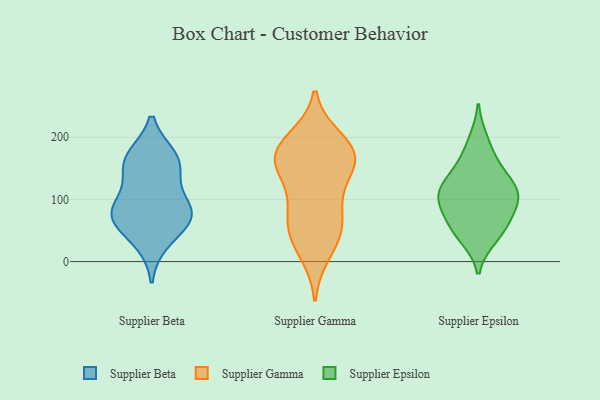
{"axis": {"x": "Temperature (°C)", "y": "Value"}, "legend": ["Supplier Beta", "Supplier Epsilon", "Supplier Gamma"], "data": [{"x": "", "y": 73, "type": "Supplier Beta"}, {"x": "", "y": 163, "type": "Supplier Beta"}, {"x": "", "y": 82, "type": "Supplier Beta"}, {"x": "", "y": 162, "type": "Supplier Beta"}, {"x": "", "y": 82, "type": "Supplier Beta"}, {"x": "", "y": 80, "type": "Supplier Beta"}, {"x": "", "y": 31, "type": "Supplier Beta"}, {"x": "", "y": 64, "type": "Supplier Beta"}, {"x": "", "y": 168, "type": "Supplier Beta"}, {"x": "", "y": 132, "type": "Supplier Beta"}, {"x": "", "y": 52, "type": "Supplier Gamma"}, {"x": "", "y": 195, "type": "Supplier Gamma"}, {"x": "", "y": 172, "type": "Supplier Gamma"}, {"x": "", "y": 167, "type": "Supplier Gamma"}, {"x": "", "y": 42, "type": "Supplier Gamma"}, {"x": "", "y": 61, "type": "Supplier Gamma"}, {"x": "", "y": 16, "type": "Supplier Gamma"}, {"x": "", "y": 156, "type": "Supplier Gamma"}, {"x": "", "y": 184, "type": "Supplier Gamma"}, {"x": "", "y": 110, "type": "Supplier Gamma"}, {"x": "", "y": 159, "type": "Supplier Gamma"}, {"x": "", "y": 86, "type": "Supplier Gamma"}, {"x": "", "y": 167, "type": "Supplier Gamma"}, {"x": "", "y": 97, "type": "Supplier Epsilon"}, {"x": "", "y": 137, "type": "Supplier Epsilon"}, {"x": "", "y": 98, "type": "Supplier Epsilon"}, {"x": "", "y": 165, "type": "Supplier Epsilon"}, {"x": "", "y": 102, "type": "Supplier Epsilon"}, {"x": "", "y": 70, "type": "Supplier Epsilon"}, {"x": "", "y": 56, "type": "Supplier Epsilon"}, {"x": "", "y": 39, "type": "Supplier Epsilon"}, {"x": "", "y": 135, "type": "Supplier Epsilon"}, {"x": "", "y": 195, "type": "Supplier Epsilon"}, {"x": "", "y": 109, "type": "Supplier Epsilon"}, {"x": "", "y": 47, "type": "Supplier Epsilon"}, {"x": "", "y": 113, "type": "Supplier Epsilon"}]}